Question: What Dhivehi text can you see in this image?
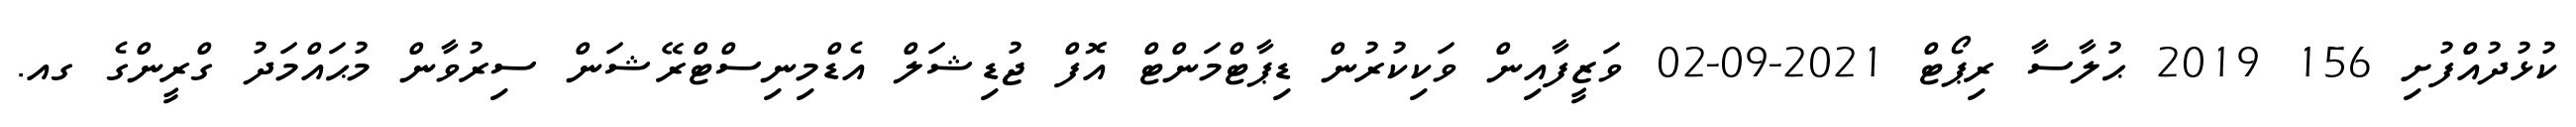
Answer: ކުޅުދުއްފުށި 156 2019 ޙުލާސާ ރިޕޯޓް 2021-09-02 ވަޒީފާއިން ވަކިކުރުން ޑިޕާޓްމަންޓް އޮފް ޖުޑިޝަލް އެޑްމިނިސްޓްރޭޝަން ސިރުވާން މުޙައްމަދު ގްރީންގެ ގއ.